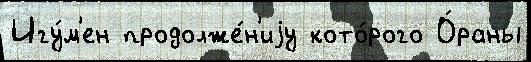
Игу́м'ен продолже́н'иjу кото́рого О́раны